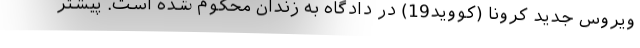
ویروس جدید کرونا (کووید19) در دادگاه به زندان محکوم شده است. پیشتر